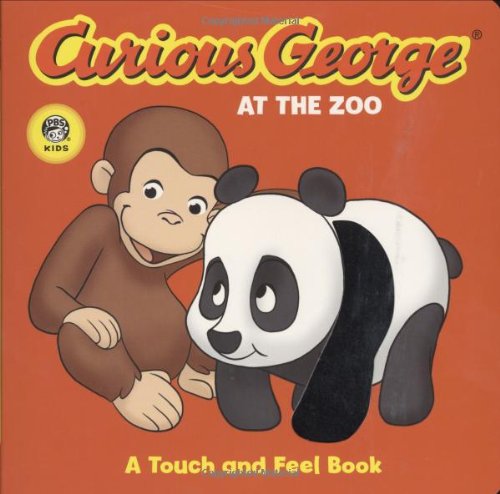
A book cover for Curious George at the Zoo: A Touch and Feel Book; H. A. Rey; Children's Books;